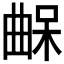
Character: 𣍀